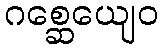
ဂစ္ဆေယျေဝ